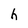
Character: h